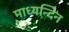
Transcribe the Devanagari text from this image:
माध्‍यन्‍दिन